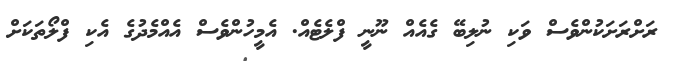
ރަށްރަށަކުންވެސް ވަކި ނުލިބޭ ގެއެއް ނޫނީ ފްލެޓެއް. އެމީހުންވެސް އެއްމެދުގެ އެކި ފްލޯތަކަށް